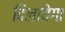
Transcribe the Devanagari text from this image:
दिलायेगा